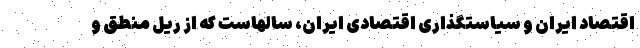
اقتصاد ایران و سیاستگذاری اقتصادی ایران، سالهاست که از ریل منطق و